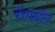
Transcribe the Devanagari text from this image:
बँडांमधील